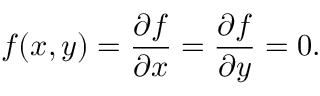
f ( x , y ) = { \frac { \partial f } { \partial x } } = { \frac { \partial f } { \partial y } } = 0 .